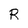
Character: R